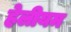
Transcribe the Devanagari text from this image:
हेलीयम